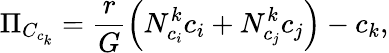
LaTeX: \Pi_{C_{c_{k}}}=\frac{r}{G}\left(N_{c_{i}}^{k}c_{i}+N_{c_{j}}^{k}c_{j}\right)-c_{k},